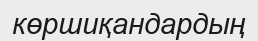
көршиқандардың